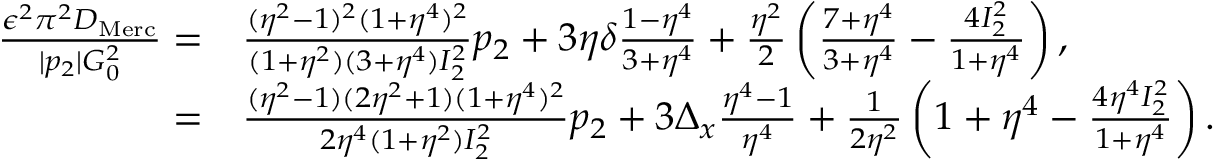
\begin{array} { r l } { \frac { \epsilon ^ { 2 } \pi ^ { 2 } D _ { \mathrm { M e r c } } } { | p _ { 2 } | G _ { 0 } ^ { 2 } } = } & { \frac { ( \eta ^ { 2 } - 1 ) ^ { 2 } ( 1 + \eta ^ { 4 } ) ^ { 2 } } { ( 1 + \eta ^ { 2 } ) ( 3 + \eta ^ { 4 } ) I _ { 2 } ^ { 2 } } p _ { 2 } + 3 \eta \delta \frac { 1 - \eta ^ { 4 } } { 3 + \eta ^ { 4 } } + \frac { \eta ^ { 2 } } { 2 } \left( \frac { 7 + \eta ^ { 4 } } { 3 + \eta ^ { 4 } } - \frac { 4 I _ { 2 } ^ { 2 } } { 1 + \eta ^ { 4 } } \right) , } \\ { = } & { \frac { ( \eta ^ { 2 } - 1 ) ( 2 \eta ^ { 2 } + 1 ) ( 1 + \eta ^ { 4 } ) ^ { 2 } } { 2 \eta ^ { 4 } ( 1 + \eta ^ { 2 } ) I _ { 2 } ^ { 2 } } p _ { 2 } + 3 \Delta _ { x } \frac { \eta ^ { 4 } - 1 } { \eta ^ { 4 } } + \frac { 1 } { 2 \eta ^ { 2 } } \left( 1 + \eta ^ { 4 } - \frac { 4 \eta ^ { 4 } I _ { 2 } ^ { 2 } } { 1 + \eta ^ { 4 } } \right) . } \end{array}